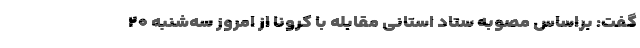
گفت: براساس مصوبه ستاد استانی مقابله با کرونا از امروز سه‌شنبه ۲۰